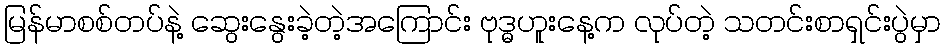
မြန်မာစစ်တပ်နဲ့ ဆွေးနွေးခဲ့တဲ့အကြောင်း ဗုဒ္ဓဟူးနေ့က လုပ်တဲ့ သတင်းစာရှင်းပွဲမှာ